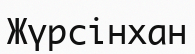
Жүрсінхан